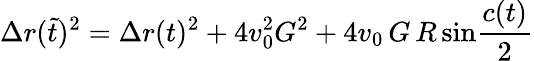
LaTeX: \Delta r(\tilde{t})^{2}=\Delta r(t)^{2}+4v_{0}^{2}G^{2}+4v_{0}\, G\, R\, \mathrm{sin}{\frac{c(t)}{2}}